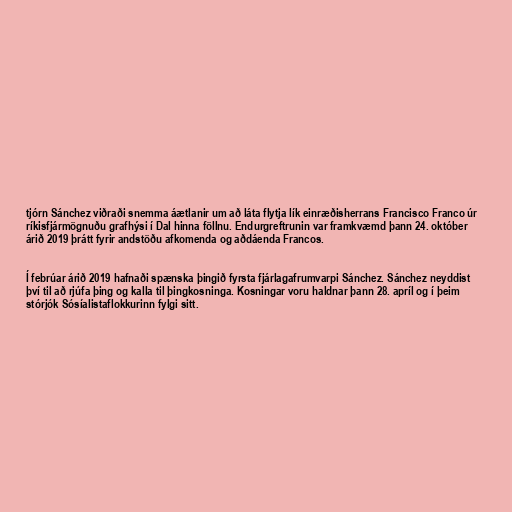
tjórn Sánchez viðraði snemma áætlanir um að láta flytja lík einræðisherrans Francisco Franco úr
ríkisfjármögnuðu grafhýsi í Dal hinna föllnu. Endurgreftrunin var framkvæmd þann 24. október
árið 2019 þrátt fyrir andstöðu afkomenda og aðdáenda Francos.

Í febrúar árið 2019 hafnaði spænska þingið fyrsta fjárlagafrumvarpi Sánchez. Sánchez neyddist
því til að rjúfa þing og kalla til þingkosninga. Kosningar voru haldnar þann 28. apríl og í þeim
stórjók Sósíalistaflokkurinn fylgi sitt.